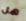
هل